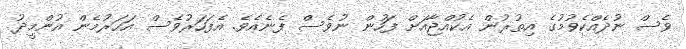
ވެސް ނުދެއްކެވުމުގެ އިތުރުން އެކުއްޖާއަށް ފަހުން ނުވެސް ފެނެއެވެ. އެފަހަރުވެސް އަހަރުމެން އުންމީދު